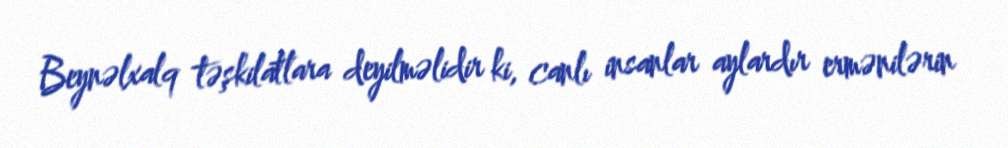
Beynəlxalq təşkilatlara deyilməlidir ki, canlı insanlar aylardır ermənilərin